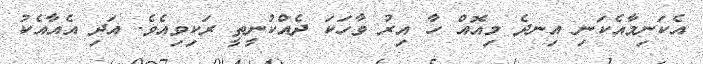
އެކަނިމާއެކަނި އިނދެ މިއޮއް ހާ އިރު ވާހަކަ ދެއްކުނީތީ ރަކިވިއެވެ. އަދި އެއާއެކު